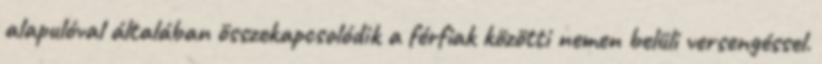
alapulóval általában összekapcsolódik a férﬁak közötti nemen belüli versengéssel.